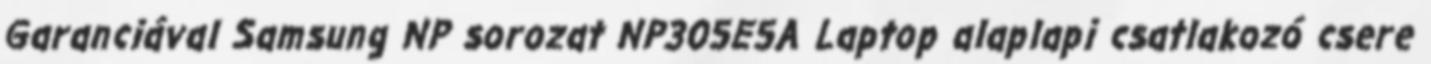
Garanciával Samsung NP sorozat NP305E5A Laptop alaplapi csatlakozó csere